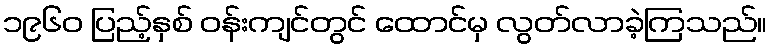
၁၉၆၀ ပြည့်နှစ် ဝန်းကျင်တွင် ထောင်မှ လွတ်လာခဲ့ကြသည်။